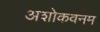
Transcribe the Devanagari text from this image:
अशोकवनम